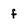
Character: f